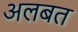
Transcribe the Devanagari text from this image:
अलबत